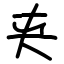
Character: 夹